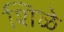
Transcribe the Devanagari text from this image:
शिळे